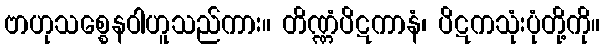
ဗာဟုသစ္စေနဝါဟူသည်ကား။ တိဏ္ဏံပိဋကာနံ၊ ပိဋကသုံးပုံတို့ကို။